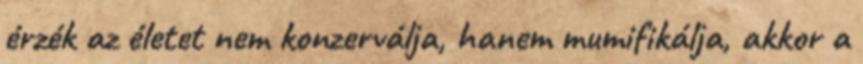
érzék az életet nem konzerválja, hanem mumifikálja, akkor a